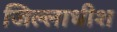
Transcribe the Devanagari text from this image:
जिल्लाधीश